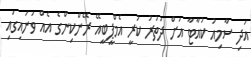
އަދި ސާމިއު ކުއާޓާ އަށް ދަތުރު ކުރީ އެމްޕީބީއޭ ރޭންކިންގެ އެއް ވަނައިގައި